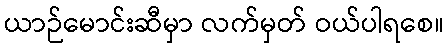
ယာဉ်မောင်းဆီမှာ လက်မှတ် ဝယ်ပါရစေ။